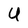
Character: U